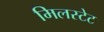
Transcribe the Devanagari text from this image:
मिलस्टेट